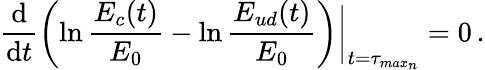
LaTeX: \frac{\textrm{d}}{\textrm{d}t}\left(\ln\frac{E_{c}(t)}{E_{0}}-\ln\frac{E_{ud}(t)}{E_{0}}\right)\bigg|_{t=\tau_{max_{n}}}=0\, .